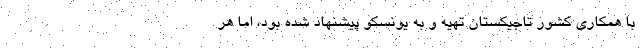
با همکاری کشور تاجیکستان تهیه و به یونسکو پیشنهاد شده بود، اما هر